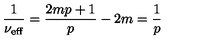
\frac { 1 } { \nu _ { \mathrm { { e f f } } } } = \frac { 2 m p + 1 } { p } - 2 m = \frac { 1 } { p }